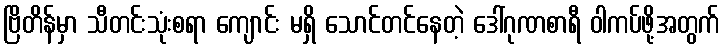
ဗြိတိန်မှာ သီတင်းသုံးစရာ ကျောင်း မရှိ သောင်တင်နေတဲ့ ဒေါ်ဂုဏစာရီ ဝါကပ်ဖို့အတွက်